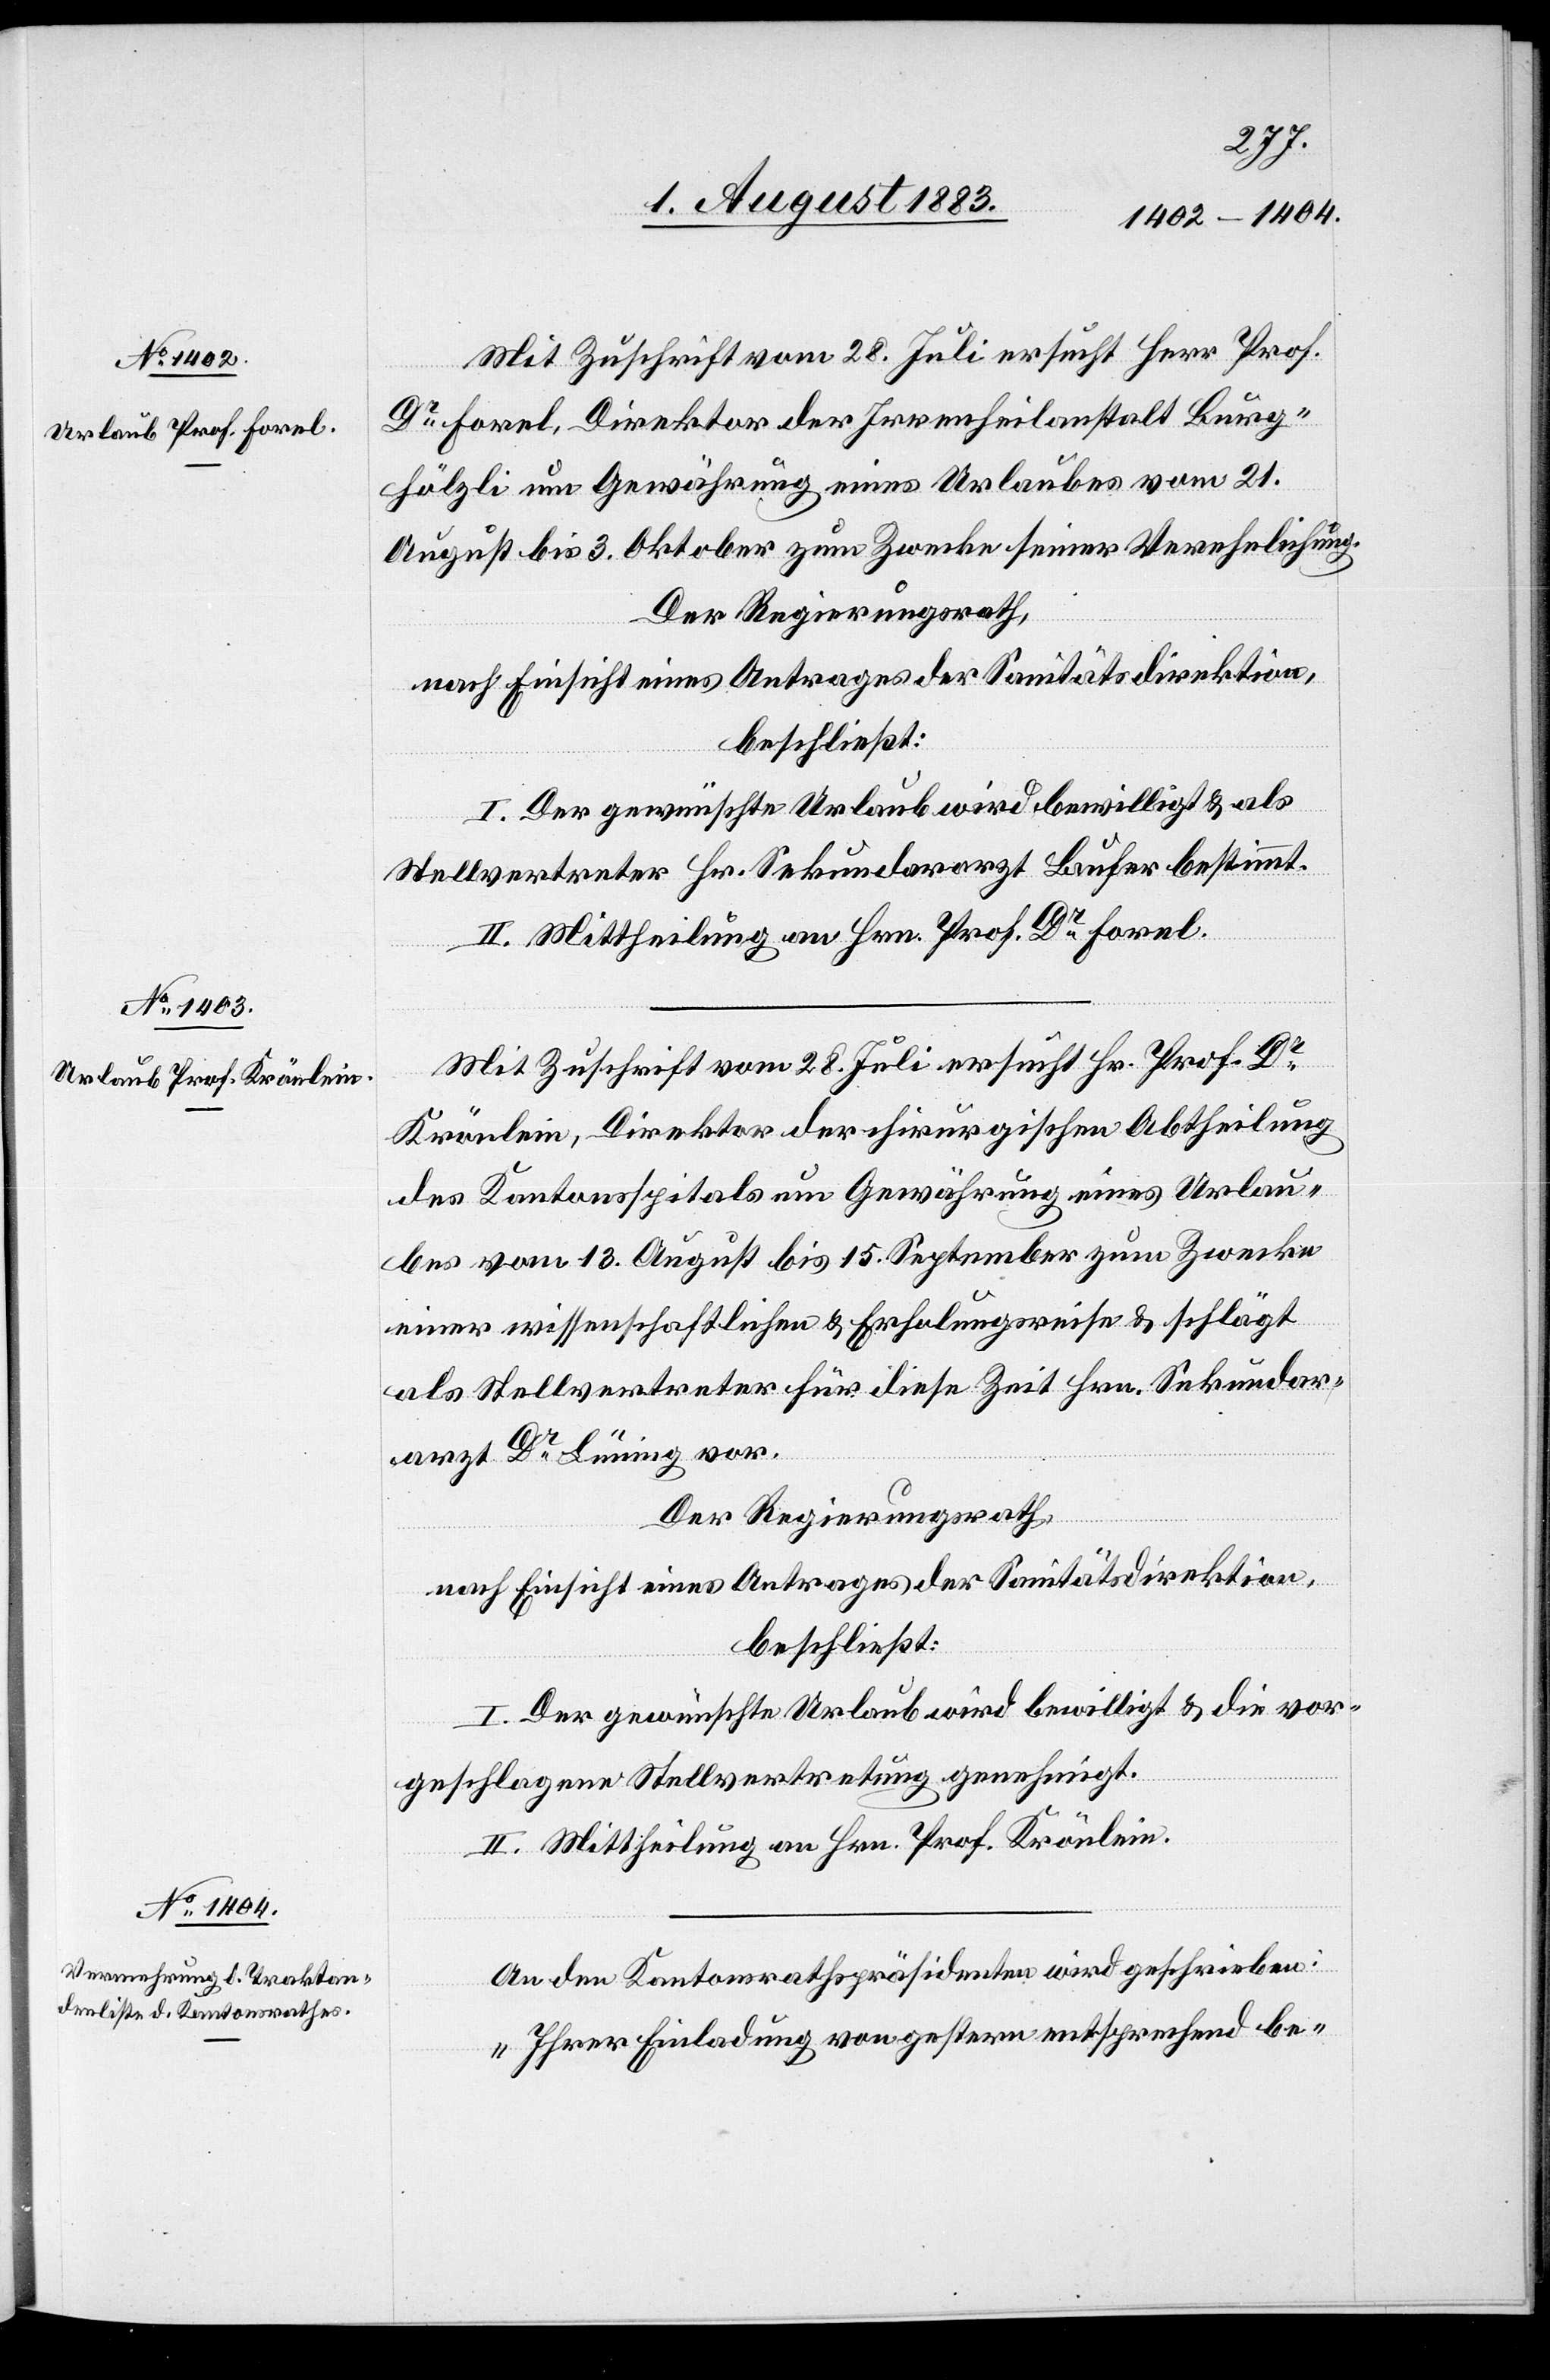
Mit Zuschrift vom 28. Juli ersucht Herr Prof.
Dr Forel, Direktor der Irrenheilanstalt Burg¬
hölzli um Gewährung eines Urlaubes vom 21.
August bis 3. Oktober zum Zwecke seiner Verehelichung.
Der Regierungsrath,
nach Einsicht eines Antrages der Sanitätsdirektion,
beschließt:
I. Der gewünschte Urlaub wird bewilligt & als
Stellvertreter Hr. Sekundararzt Laufer bestimmt.
II. Mittheilung an Hrn. Prof. Dr Forel.
Mit Zuschrift vom 28. Juli ersucht Hr. Prof. Dr
Krönlein, Direktor der chirurgischen Abtheilung
des Kantonsspitals um Gewährung eines Urlau¬
bes vom 13. August bis 15. September zum Zwecke
einer wissenschaftlichen & Erholungsreise & schlägt
als Stellvertreter für diese Zeit Hrn. Sekundar¬
arzt Dr Lüning vor.
Der Regierungsrath,
nach Einsicht eines Antrages der Sanitätsdirektion,
beschließt:
I. Der gewünschte Urlaub wird bewilligt & die vor¬
geschlagene Stellvertretung genehmigt.
II. Mittheilung an Hrn. Prof. Krönlein.
An den Kantonsrathspräsidenten wird geschrieben:
„Ihrer Einladung von gestern entsprechend be-